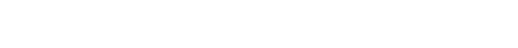
ကဿပဗုဒ္ဓဝံသအဖွင့်သည်။ ဣတိသမတ္တာ၊ ဤတွင်၍ ပြီးပြည့်စုံပြီ။